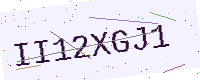
Text: II12XGJ1